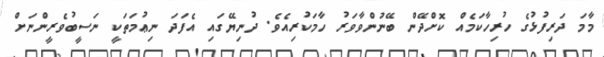
މާމަ ދަރިފުޅުގެ ހުރިހާކަމެއް ކޮށްދޭން ބޭނުންވާވަރު ހާމަކުރިއެވެ. ދުނިޔޭގައި އެފަދަ ނިޢުމަތަކީ ނަސީބުވެރީންނަށް